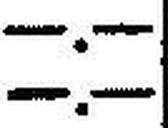
—.—